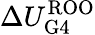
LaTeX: \Delta U_{\mathrm{G4}}^{\mathrm{ROO}}